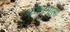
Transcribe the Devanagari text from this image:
भजनमाला